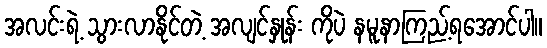
အလင်းရဲ့ သွားလာနိုင်တဲ့ အလျင်နှုန်း ကိုပဲ နမူနာကြည့်ရအောင်ပါ။